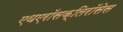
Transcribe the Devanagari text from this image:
एथएरॉसक्लिरॉसेस